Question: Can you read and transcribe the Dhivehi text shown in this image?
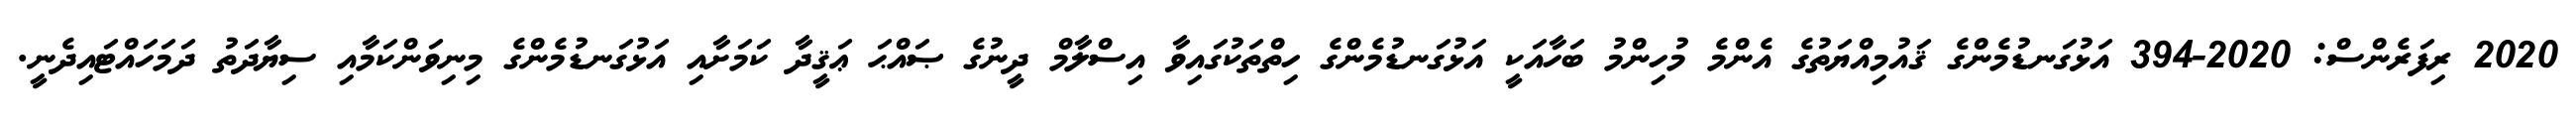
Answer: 2020 ރިފަރެންސް: 2020-394 އަޅުގަނޑުމެންގެ ޤައުމިއްޔަތުގެ އެންމެ މުހިންމު ބަހާއަކީ އަޅުގަނޑުމެންގެ ހިތްތަކުގައިވާ އިސްލާމް ދީނުގެ ޞައްޙަ ޢަޤީދާ ކަމަށާއި އަޅުގަނޑުމެންގެ މިނިވަންކަމާއި ސިޔާދަތު ދަމަހައްޓައިދެނީ.